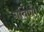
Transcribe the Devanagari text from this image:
गर्विणी